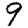
Digit: 9